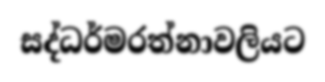
සද්ධර්මරත්නාවලියට